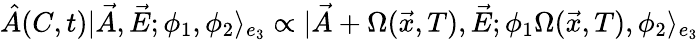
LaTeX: \hat{A}(C,t)|\vec{A},\vec{E};\phi_{1},\phi_{2}{\rangle}_{e_{3}}\propto|\vec{A}+\Omega(\vec{x},T),\vec{E};\phi_{1}\Omega(\vec{x},T),\phi_{2}{\rangle}_{e_{3}}